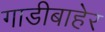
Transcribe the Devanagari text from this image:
गाडीबाहेर